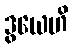
ဒွယေဟိ